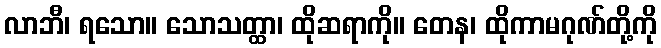
လာဘီ၊ ရသော။ သောသတ္ထာ၊ ထိုဆရာကို။ တေန၊ ထိုကာမဂုဏ်တို့ကို